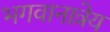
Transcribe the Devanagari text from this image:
भगवानात्रेय